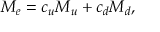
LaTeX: M _ { e } = c _ { u } M _ { u } + c _ { d } M _ { d } ,